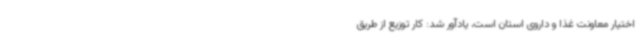
اختیار معاونت غذا و داروی استان است، یادآور شد: کار توزیع از طریق